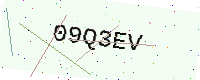
Text: 09Q3EV